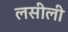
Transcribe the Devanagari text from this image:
लसीली